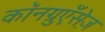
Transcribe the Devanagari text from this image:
कॉनग्रुएँसेज़